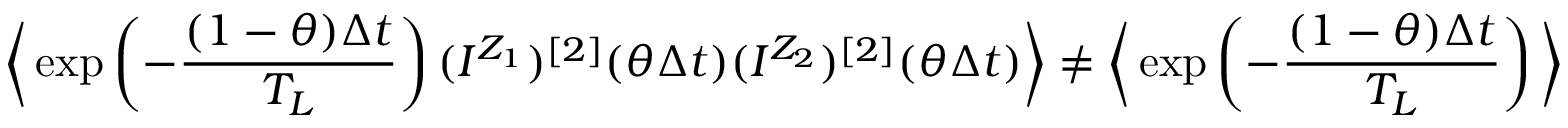
\bigg \langle \exp \left( - \frac { ( 1 - \theta ) \Delta t } { T _ { L } } \right) ( I ^ { Z _ { 1 } } ) ^ { [ 2 ] } ( \theta \Delta t ) ( I ^ { Z _ { 2 } } ) ^ { [ 2 ] } ( \theta \Delta t ) \bigg \rangle \neq \bigg \langle \exp \left( - \frac { ( 1 - \theta ) \Delta t } { T _ { L } } \right) \bigg \rangle \bigg \langle ( I ^ { Z _ { 1 } } ) ^ { [ 2 ] } ( \theta \Delta t ) ( I ^ { Z _ { 2 } } ) ^ { [ 2 ] } ( \theta \Delta t ) \bigg \rangle ,